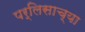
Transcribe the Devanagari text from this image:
पर्लिसाच्या